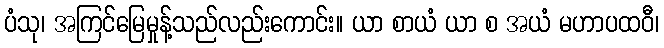
ပံသု၊ အကြင်မြေမှုန့်သည်လည်းကောင်း။ ယာ စာယံ ယာ စ အယံ မဟာပထဝီ၊